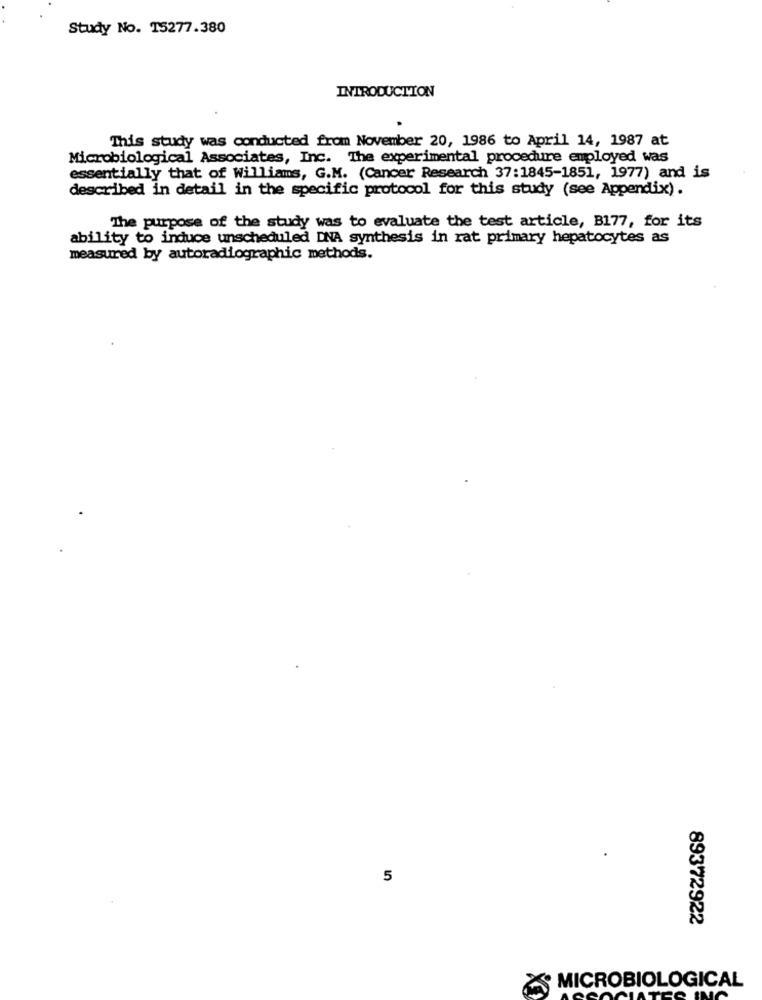
Study No. 15277.380
INTRODUCTION
This study was conducted from November 20, 1986 to April 14, 1987 at
Microbiological Associates, Inc. The experimental procedure employed was
essentially that of Williams, G.M. (Cancer Research 37:1845-1851, 1977) and is
described in detail in the specific protocol for this study (see Appendix).
The purpose of the study was to evaluate the test article, B177, for its
ability to induce unscheduled DNA synthesis in rat primary hepatocytes as
measured by autoradiographic methods.
5
89372922
MICROBIOLOGICAL